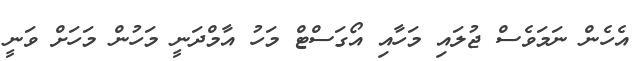
އެހެން ނަމަވެސް ޖުލައި މަހާއި އޯގަސްޓް މަހު އާމްދަނީ މަހުން މަހަށް ވަނީ